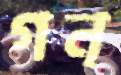
গন্